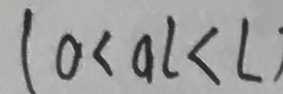
( 0 < a L < L )